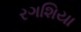
રગશિયા